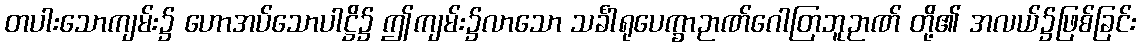
တပါးသောကျမ်း၌ ဟောအပ်သောပါဋ္ဌိ၌ ဤကျမ်း၌လာသော သင်္ခါရုပေက္ခာဉာဏ်ဂေါတြဘူဉာဏ် တို့၏ အလယ်၌ဖြစ်ခြင်း